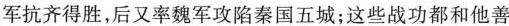
军抗齐得胜，后又率魏军攻陷秦国五城；这些战功都和他善